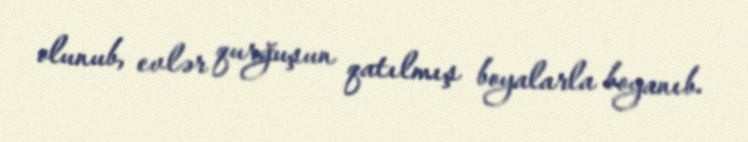
olunub, evlər qurğuşun qatılmış boyalarla boyanıb.